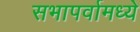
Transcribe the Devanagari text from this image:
सभापर्वामध्ये